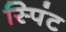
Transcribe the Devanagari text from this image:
स्पिंट